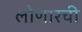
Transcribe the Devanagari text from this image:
लोणारची